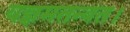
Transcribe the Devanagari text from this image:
यज्ञमतन्वत।